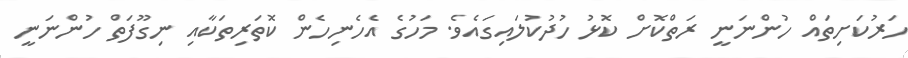
ހަރުކަށިތައް ހުންނަނީ ރަތްކޮށް ކޮޅު ހުދުކުލައިގައެވެ. މަހުގެ އެހެނިހެން ކޮތަރިތަކާއި ނިގޫފަތް ހުންނަނީ